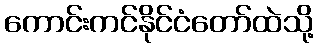
ကောင်းကင်နိုင်ငံတော်ထဲသို့